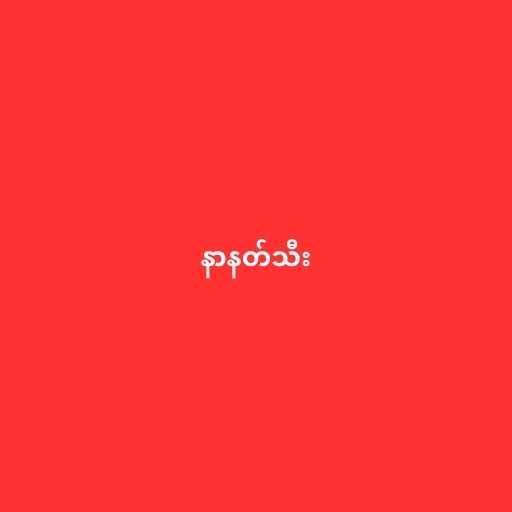
နာနတ်သီး